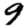
Digit: 9